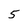
Character: 5